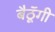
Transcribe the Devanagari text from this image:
बैठॅूगी